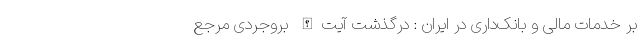
بر خدمات مالی و بانک‌داری در ایران : درگذشت آیت‌الله بروجردی مرجع